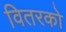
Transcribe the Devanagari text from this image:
वितरको